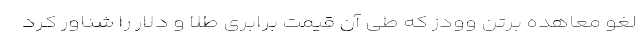
لغو معاهده برتن وودز که طی آن قیمت برابری طلا و دلار را شناور کرد